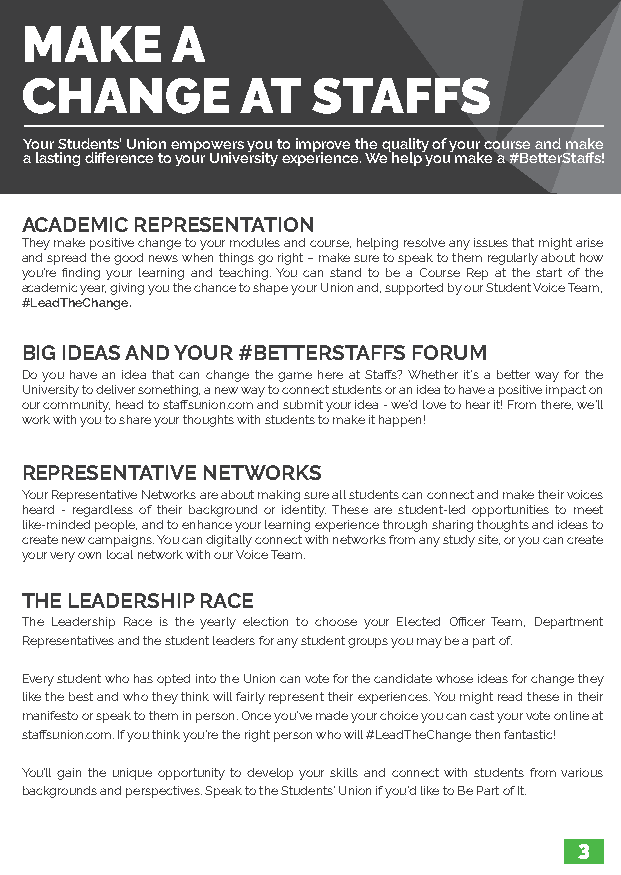
MAKE      A
 CHANGE         AT   STAFFS
 Your Students’ Union empowers you to improve the quality of your course and make
 a lasting difference to your University experience. We help you make a #BetterStaffs!
 ACADEMIC REPRESENTATION
 They make positive change to your modules and course, helping resolve any issues that might arise
 and spread the good news when things go right – make sure to speak to them regularly about how
 you’re finding your learning and teaching. You can stand to be a Course Rep at the start of the
 academic year, giving you the chance to shape your Union and, supported by our Student Voice Team,
 #LeadTheChange.
 BIG IDEAS AND YOUR #BETTERSTAFFS FORUM
 Do you have an idea that can change the game here at Staffs? Whether it’s a better way for the
 University to deliver something, a new way to connect students or an idea to have a positive impact on
 our community, head to staffsunion.com and submit your idea - we’d love to hear it! From there, we’ll
 work with you to share your thoughts with students to make it happen!
 REPRESENTATIVE NETWORKS
 Your Representative Networks are about making sure all students can connect and make their voices
 heard - regardless of their background or identity. These are student-led opportunities to meet
 like-minded people, and to enhance your learning experience through sharing thoughts and ideas to
 create new campaigns. You can digitally connect with networks from any study site, or you can create
 your very own local network with our Voice Team.
 THE LEADERSHIP RACE
 The Leadership Race is the yearly election to choose your Elected Officer Team, Department
 Representatives and the student leaders for any student groups you may be a part of.
 Every student who has opted into the Union can vote for the candidate whose ideas for change they
 like the best and who they think will fairly represent their experiences. You might read these in their
 manifesto or speak to them in person. Once you’ve made your choice you can cast your vote online at
 staffsunion.com. If you think you’re the right person who will #LeadTheChange then fantastic!
 You’ll gain the unique opportunity to develop your skills and connect with students from various
 backgrounds and perspectives. Speak to the Students’ Union if you’d like to Be Part of It.
 3